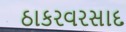
ઠાકરવરસાદ